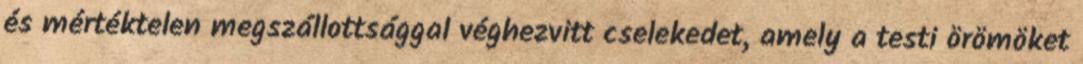
és mértéktelen megszállottsággal véghezvitt cselekedet, amely a testi örömöket